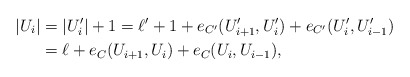
\begin{align*}|U_i|&=|U_i'|+1=\ell'+1 +e_{C'}(U_{i+1}', U_i')+e_{C'}(U_i', U_{i-1}')\\&=\ell+e_C(U_{i+1}, U_i)+e_C(U_i, U_{i-1}),\end{align*}